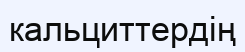
кальциттердің